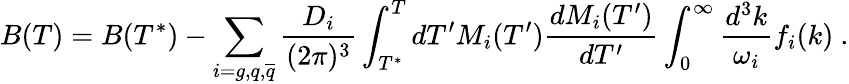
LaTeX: B(T)=B(T^{*})-\sum_{i=g,q,{\overline{{q}}}}\frac{D_{i}}{(2\pi)^{3}}\int_{T^{*}}^{T}dT^{\prime}M_{i}(T^{\prime})\frac{dM_{i}(T^{\prime})}{dT^{\prime}}\int_{0}^{\infty}\frac{d^{3}k}{\omega_{i}}f_{i}(k)\ .